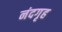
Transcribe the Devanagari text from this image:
नंदगृह